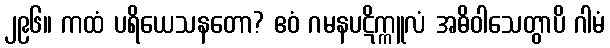
၂၉၆။ ကထံ ပရိယေသနတော? ဧဝံ ဂမနပဋိက္ကူလံ အဓိဝါသေတွာပိ ဂါမံ